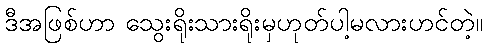
ဒီအဖြစ်ဟာ သွေးရိုးသားရိုးမှဟုတ်ပါ့မလားဟင်တဲ့။